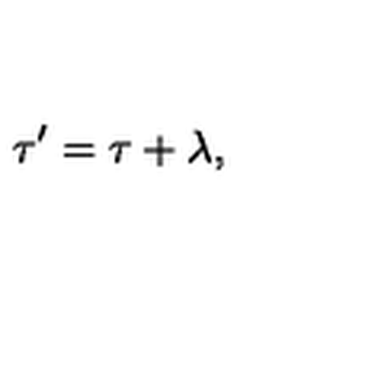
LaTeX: \tau ^ { \prime } = \tau + \lambda ,